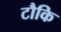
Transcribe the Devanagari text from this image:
टौकि